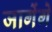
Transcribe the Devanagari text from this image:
जागेंगे